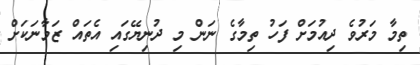
ތިމާ މަރުވެ ދިއުމަށް ފަހު ތިމާގެ ނަން މި ދުނިޔޭގައި އެތައް ޒަމާނަކަށް